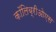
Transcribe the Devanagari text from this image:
कॉलिब्रीओएस